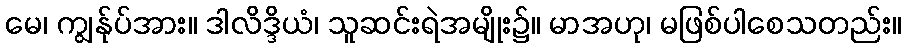
မေ၊ ကျွန်ုပ်အား။ ဒါလိဒ္ဒိယံ၊ သူဆင်းရဲအမျိုး၌။ မာအဟု၊ မဖြစ်ပါစေသတည်း။